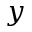
y